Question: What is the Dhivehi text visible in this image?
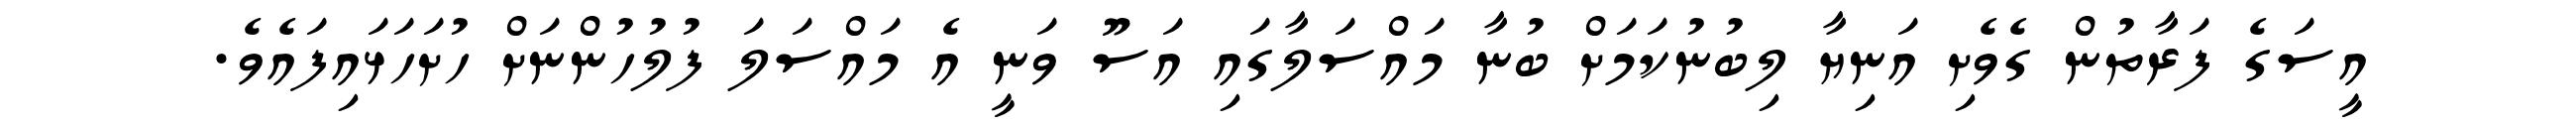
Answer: އީސަގެ ފަރާތުން ގެވެށި އަނިޔާ ލިބުނުކަމަށް ބުނާ މައްސަލާގައި އަސޫ ވަނީ އެ މައްސަލަ ފުލުހުންނަށް ހުށަހަޅައިފައެވެ.